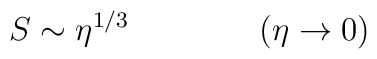
S \sim \eta^{1/3} \qquad \qquad (\eta \rightarrow 0)